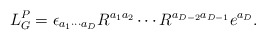
\begin{align*}L_{G}^{P}=\epsilon _{a_1\cdots a_D}R^{a_1 a_2} \cdots R^{a_{D-2}a_{D-1}}e^{a_{D}}. \end{align*}